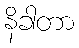
နိခါတာ